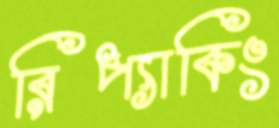
রিপ্যাকিং